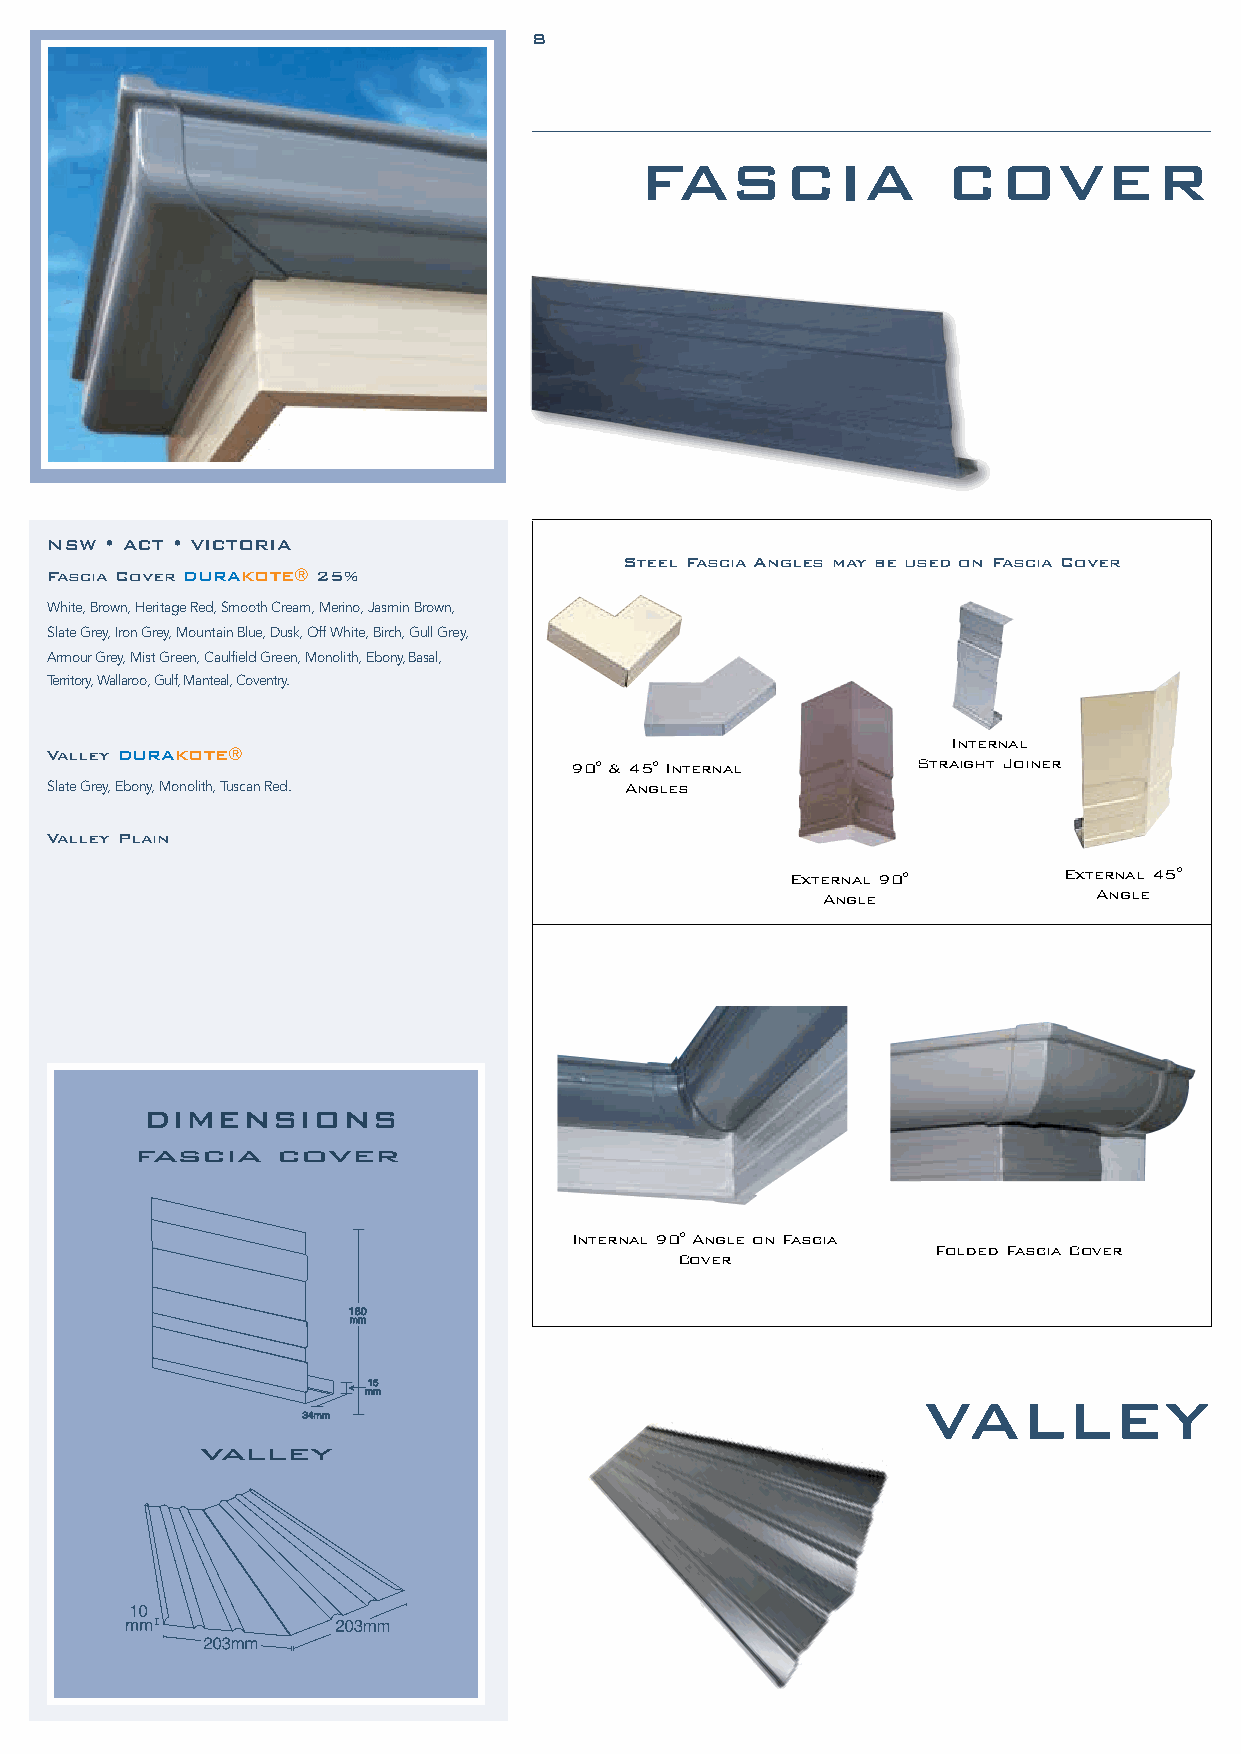
8
 FASCIA               COVER
 NSW • ACT • VICTORIA
 Steel Fascia Angles may be used on Fascia Cover
 Fascia Cover DURAKOTE® 25%
 White, Brown, Heritage Red, Smooth Cream, Merino, Jasmin Brown,
 Slate Grey, Iron Grey, Mountain Blue, Dusk, Off White, Birch, Gull Grey,
 Armour Grey, Mist Green, Caulfield Green, Monolith, Ebony, Basal,
 Territory, Wallaroo, Gulf, Manteal, Coventry.
 Internal
 Valley DURAKOTE®
 90° & 45° Internal     Straight Joiner
 Slate Grey, Ebony, Monolith, Tuscan Red. Angles
 Valley Plain
 External 90°      External 45°
 Angle              Angle
 DIMENSIONS
 fascia   cover
 Internal 90° Angle on Fascia
 Folded Fascia Cover
 Cover
 VALLEY
 valley